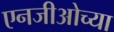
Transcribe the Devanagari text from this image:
एनजीओच्या